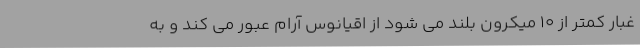
غبار کمتر از ۱۰ میکرون بلند می شود از اقیانوس آرام عبور می کند و به